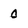
Character: 0